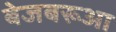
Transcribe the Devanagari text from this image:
बेजबरूआ